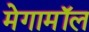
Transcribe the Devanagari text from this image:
मेगामॉल